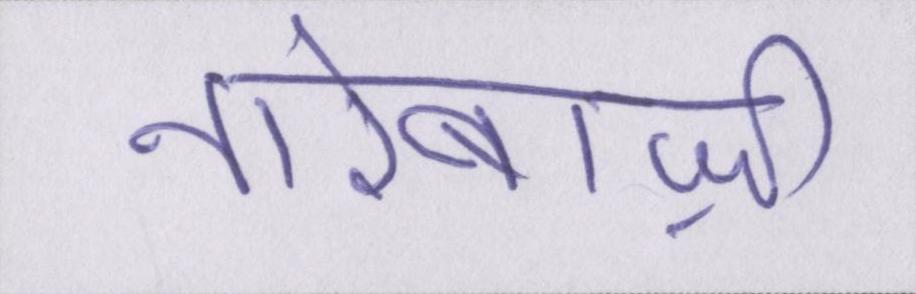
नारेबाज़ी